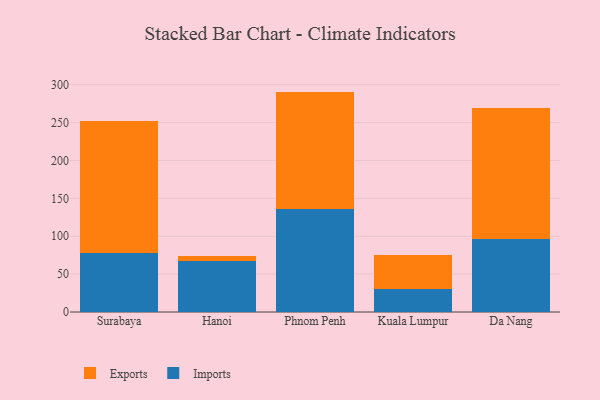
{"axis": {"x": "City", "y": "Waste Production (Tons)"}, "legend": ["Exports", "Imports"], "data": [{"x": "Surabaya", "y": 78.1, "type": "Imports"}, {"x": "Surabaya", "y": 173.6, "type": "Exports"}, {"x": "Hanoi", "y": 67.4, "type": "Imports"}, {"x": "Hanoi", "y": 6.1, "type": "Exports"}, {"x": "Phnom Penh", "y": 135.3, "type": "Imports"}, {"x": "Phnom Penh", "y": 155.6, "type": "Exports"}, {"x": "Kuala Lumpur", "y": 30.2, "type": "Imports"}, {"x": "Kuala Lumpur", "y": 45.4, "type": "Exports"}, {"x": "Da Nang", "y": 95.8, "type": "Imports"}, {"x": "Da Nang", "y": 173.8, "type": "Exports"}]}